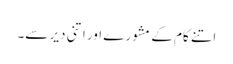
اتنے کام کے مشورے اور اتنی دیر سے۔